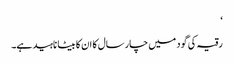
‘
رقیہ کی گود میں چار سال کا ان کا بیٹا ناہید ہے۔